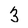
Character: 3